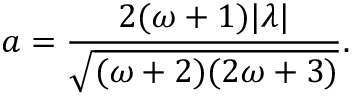
a = \frac { 2 ( \omega + 1 ) | \lambda | } { \sqrt { ( \omega + 2 ) ( 2 \omega + 3 ) } } .